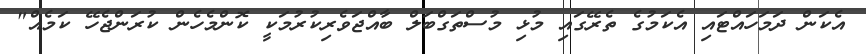
އެކަން ދަމަހައްޓައި އެކަމުގެ ތެރޭގައި މުޅި މުސްތަގްބަލް ބާއްޖަވެރިކުރުމަކީ ކޮންމެހެން ކުރަންޖެހޭ ކަމެއް"